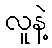
လူနဲ့